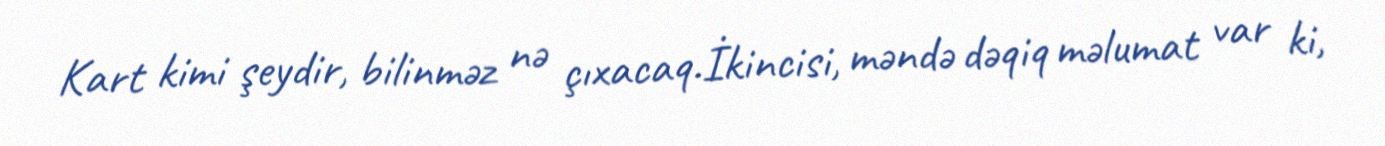
Kart kimi şeydir, bilinməz nə çıxacaq.İkincisi, məndə dəqiq məlumat var ki,